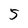
Character: 5